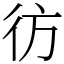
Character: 彷